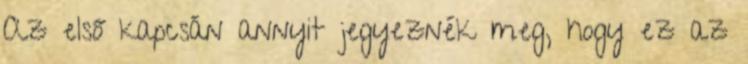
Az első kapcsán annyit jegyeznék meg, hogy ez az